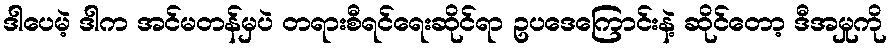
ဒါပေမဲ့ ဒါက အင်မတန်မှပဲ တရားစီရင်ရေးဆိုင်ရာ ဥပဒေကြောင်းနဲ့ ဆိုင်တော့ ဒီအမှုကို